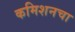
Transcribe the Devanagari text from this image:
कमिशनचा